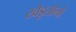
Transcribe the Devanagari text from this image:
खेडूतोनो